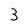
Character: 3